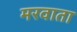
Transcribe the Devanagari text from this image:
मरवाता